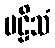
ဗဠိသံ